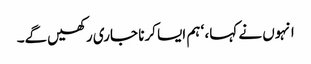
انہوں نے کہا، ‘ ہم ایسا کرنا جاری رکھیں‌گے۔